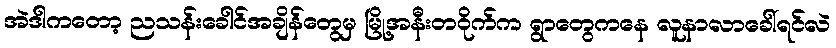
အဲဒါကတော့ ညသန်းခေါင်အချိန်တွေမှ မြို့အနီးတဝိုက်က ရွာတွေကနေ လူနာလာခေါ်ရင်လဲ